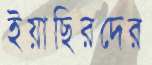
ইয়াছিরদের